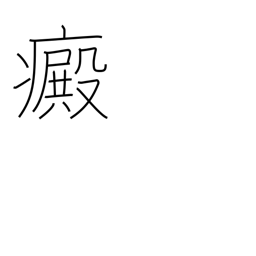
Meaning: leucoderma